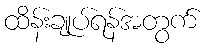
ထိန်းချုပ်ရန်အတွက်